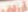
أرزاق